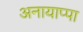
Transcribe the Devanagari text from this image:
अनायाप्पा